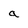
Character: a